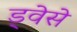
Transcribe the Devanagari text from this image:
ड्वेसे